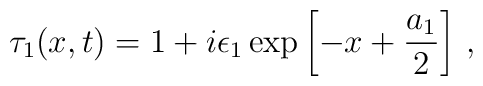
\tau_{1}(x,t)=1 + i\epsilon_{1}\exp\left[ -x+\frac{a_{1}}{2}\right]\,,